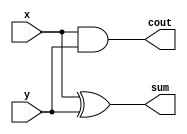
module halfadder(
input x,
input y,
output sum,
output cout
);
//   xor u8(sum, x, y);
	assign sum = x ^ y;
//   and u9(cout, x, y);
	assign cout = x & y;
endmodule


module fulladder(
input x,
input y,
input ci,
output sum,
output cout
);

wire a, b, c, e, f, g;
//   xor u1(a, x, y);
	assign a = x ^ y;
//   xor u2(sum, a, ci);
	assign sum = a ^ ci;
//   and u3( c, x, y );
	assign c = x & y;
//   and u4( e, y , ci );
	assign e = y & ci;
//   and u5 ( f, x, ci);
	assign f = x & ci;
//   or u6 ( g ,c, e );
	assign g = c | e;
//   or u7 ( cout, g , f );
	assign cout = g | f;
endmodule


module SDLC (
    input  [7:0]  x,
    input  [7:0]  y,
    output [15:0] z
);


wire [7:0] part1 =  y & {8{x[0]}};
wire [7:0] part2 = (y & {8{x[1]}});
wire [7:0] part3 = (y & {8{x[2]}});
wire [7:0] part4 = (y & {8{x[3]}});

wire [7:0] part5 = (y & {8{x[4]}});
wire [7:0] part6 = (y & {8{x[5]}});
wire [7:0] part7 = (y & {8{x[6]}});
wire [7:0] part8 = (y & {8{x[7]}});

wire [8:0] new_part1;
assign new_part1[0] = part1[0];
assign new_part1[1] = (part1[1]|part2[0]);
assign new_part1[2] = (part1[2]|part2[1]);
assign new_part1[3] = (part1[3]|part2[2]);
assign new_part1[4] = (part1[4]|part2[3]);
assign new_part1[5] = (part1[5]|part2[4]);
assign new_part1[6] = (part1[6]|part2[5]);
assign new_part1[7] = (part1[7]|part2[6]);
assign new_part1[8] = part2[7];

wire [9:0] new_part2;
assign new_part2[0] = 0;
assign new_part2[1] = 0;
assign new_part2[2] = part3[0];
assign new_part2[3] = (part3[1]|part4[0]);
assign new_part2[4] = (part3[2]|part4[1]);
assign new_part2[5] = (part3[3]|part4[2]);
assign new_part2[6] = (part3[4]|part4[3]);
assign new_part2[7] = (part3[5]|part4[4]);
assign new_part2[8] = (part3[6]|part4[5]);
assign new_part2[9] = part4[6];


wire [10:0] new_part3;
assign new_part3[0] = 0;
assign new_part3[1] = 0;
assign new_part3[2] = 0;
assign new_part3[3] = 0;
assign new_part3[4] = part5[0];
assign new_part3[5] = (part5[1]|part6[0]);
assign new_part3[6] = (part5[2]|part6[1]);
assign new_part3[7] = (part5[3]|part6[2]);
assign new_part3[8] = (part5[4]|part6[3]);
assign new_part3[9] = (part5[5]|part6[4]);
assign new_part3[10] = part6[5];

wire [11:0] new_part4;
assign new_part4[0] = 0;
assign new_part4[1] = 0;
assign new_part4[2] = 0;
assign new_part4[3] = 0;
assign new_part4[4] = 0;
assign new_part4[5] = 0;
assign new_part4[6] = part7[0];
assign new_part4[7] = (part7[1]|part8[0]);
assign new_part4[8] = (part7[2]|part8[1]);
assign new_part4[9] = (part7[3]|part8[2]);
assign new_part4[10] = (part7[4]|part8[3]);
assign new_part4[11] = part8[4];

wire [14:0] result1 = {part8[7], part7[7], part6[7], part5[7], part4[7], part3[7], new_part1};
wire [13:0] result2 = {part8[6], part7[6], part6[6], part5[6], new_part2};
wire [12:0] result3 = {part8[5], part7[5], new_part3};
wire [11:0] result4 = new_part4;

assign z = result1 + result2 + result3 + result4;

endmodule